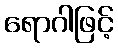
ရောဂါဖြင့်